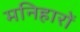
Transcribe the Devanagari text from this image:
मनिहारों